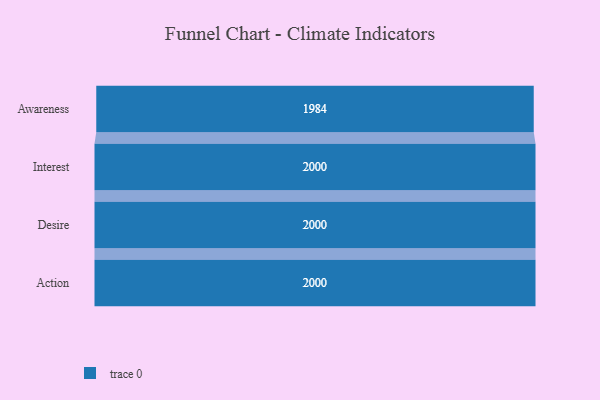
{"axis": {"x": "Stage", "y": "Value"}, "legend": [""], "data": [{"x": "Awareness", "y": 1984.0, "type": ""}, {"x": "Interest", "y": 2000, "type": ""}, {"x": "Desire", "y": 2000, "type": ""}, {"x": "Action", "y": 2000, "type": ""}]}